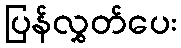
ပြန်လွှတ်ပေး